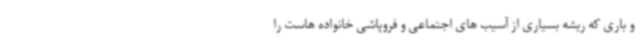
و باری که ریشه بسیاری از آسیب های اجتماعی و فروپاشی خانواده هاست را